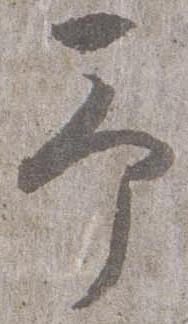
予